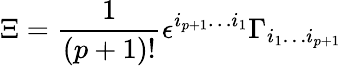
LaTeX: \Xi={\frac{1}{(p+1)!}}\epsilon^{i_{p+1}\dots i_{1}}\Gamma_{i_{1}\dots i_{p+1}}